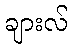
ချားလ်